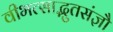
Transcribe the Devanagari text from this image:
वीभत्साद्भुतसंज्ञौ